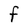
Character: F